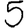
Digit: 5